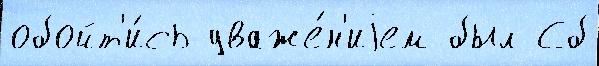
обойт'и́сь уваже́н'иjем был Сб